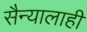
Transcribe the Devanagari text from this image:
सैन्यालाही